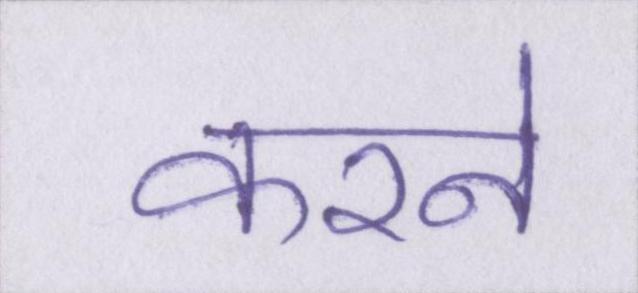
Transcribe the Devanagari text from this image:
करने